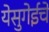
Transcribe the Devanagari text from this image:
येसुगेईचे